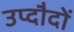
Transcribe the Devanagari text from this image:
उप्दौदों